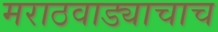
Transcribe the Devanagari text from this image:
मराठवाड्याचाच